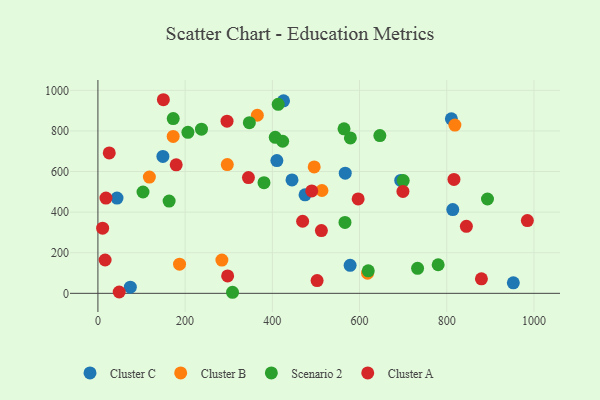
{"axis": {"x": "Speed", "y": "Fuel Efficiency"}, "legend": ["Cluster A", "Cluster B", "Cluster C", "Scenario 2"], "data": [{"x": "694.4", "y": 556.0, "type": "Cluster C"}, {"x": "810.6", "y": 859.6, "type": "Cluster C"}, {"x": "578.4", "y": 137.8, "type": "Cluster C"}, {"x": "813.8", "y": 412.6, "type": "Cluster C"}, {"x": "43.8", "y": 469.2, "type": "Cluster C"}, {"x": "410.4", "y": 653.8, "type": "Cluster C"}, {"x": "425.7", "y": 948.6, "type": "Cluster C"}, {"x": "475.0", "y": 485.2, "type": "Cluster C"}, {"x": "952.7", "y": 52.0, "type": "Cluster C"}, {"x": "74.3", "y": 30.3, "type": "Cluster C"}, {"x": "567.2", "y": 591.8, "type": "Cluster C"}, {"x": "149.0", "y": 674.3, "type": "Cluster C"}, {"x": "445.1", "y": 558.9, "type": "Cluster C"}, {"x": "496.0", "y": 622.6, "type": "Cluster B"}, {"x": "296.7", "y": 634.1, "type": "Cluster B"}, {"x": "284.3", "y": 163.6, "type": "Cluster B"}, {"x": "172.6", "y": 773.1, "type": "Cluster B"}, {"x": "118.0", "y": 572.7, "type": "Cluster B"}, {"x": "513.8", "y": 506.7, "type": "Cluster B"}, {"x": "187.2", "y": 143.8, "type": "Cluster B"}, {"x": "818.7", "y": 828.9, "type": "Cluster B"}, {"x": "618.4", "y": 99.3, "type": "Cluster B"}, {"x": "365.6", "y": 877.4, "type": "Cluster B"}, {"x": "206.4", "y": 793.1, "type": "Scenario 2"}, {"x": "380.9", "y": 545.3, "type": "Scenario 2"}, {"x": "406.7", "y": 768.8, "type": "Scenario 2"}, {"x": "646.6", "y": 777.1, "type": "Scenario 2"}, {"x": "413.4", "y": 931.2, "type": "Scenario 2"}, {"x": "700.2", "y": 555.7, "type": "Scenario 2"}, {"x": "423.7", "y": 749.3, "type": "Scenario 2"}, {"x": "620.0", "y": 110.7, "type": "Scenario 2"}, {"x": "347.3", "y": 840.5, "type": "Scenario 2"}, {"x": "566.6", "y": 349.2, "type": "Scenario 2"}, {"x": "893.4", "y": 464.8, "type": "Scenario 2"}, {"x": "780.3", "y": 140.8, "type": "Scenario 2"}, {"x": "579.0", "y": 765.7, "type": "Scenario 2"}, {"x": "172.7", "y": 860.7, "type": "Scenario 2"}, {"x": "237.5", "y": 808.9, "type": "Scenario 2"}, {"x": "308.7", "y": 5.2, "type": "Scenario 2"}, {"x": "163.3", "y": 454.7, "type": "Scenario 2"}, {"x": "564.4", "y": 810.4, "type": "Scenario 2"}, {"x": "733.1", "y": 123.3, "type": "Scenario 2"}, {"x": "103.4", "y": 499.1, "type": "Scenario 2"}, {"x": "179.5", "y": 633.2, "type": "Cluster A"}, {"x": "16.5", "y": 164.1, "type": "Cluster A"}, {"x": "345.2", "y": 570.2, "type": "Cluster A"}, {"x": "816.5", "y": 561.4, "type": "Cluster A"}, {"x": "26.0", "y": 691.9, "type": "Cluster A"}, {"x": "502.7", "y": 62.6, "type": "Cluster A"}, {"x": "845.0", "y": 330.2, "type": "Cluster A"}, {"x": "596.8", "y": 465.3, "type": "Cluster A"}, {"x": "469.5", "y": 355.2, "type": "Cluster A"}, {"x": "150.1", "y": 953.8, "type": "Cluster A"}, {"x": "490.4", "y": 504.4, "type": "Cluster A"}, {"x": "10.8", "y": 320.8, "type": "Cluster A"}, {"x": "512.5", "y": 309.4, "type": "Cluster A"}, {"x": "699.5", "y": 502.0, "type": "Cluster A"}, {"x": "297.5", "y": 85.7, "type": "Cluster A"}, {"x": "296.1", "y": 848.1, "type": "Cluster A"}, {"x": "18.4", "y": 469.2, "type": "Cluster A"}, {"x": "984.9", "y": 358.3, "type": "Cluster A"}, {"x": "48.8", "y": 6.6, "type": "Cluster A"}, {"x": "879.5", "y": 71.5, "type": "Cluster A"}]}